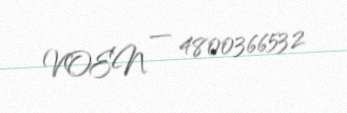
VOEN — 4800366532